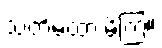
သတိမထားမိကြ။